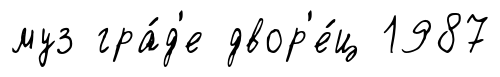
муз гра́д'е двор'е́ц 1987